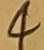
Text: 4